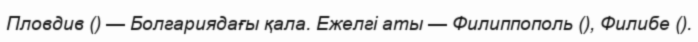
Пловдив () — Болгариядағы қала. Ежелгі аты — Филиппополь (), Филибе ().